Civil Veterinary Department. Madras. Admin. report 1926-33 - 1926-1933
Year: 1926
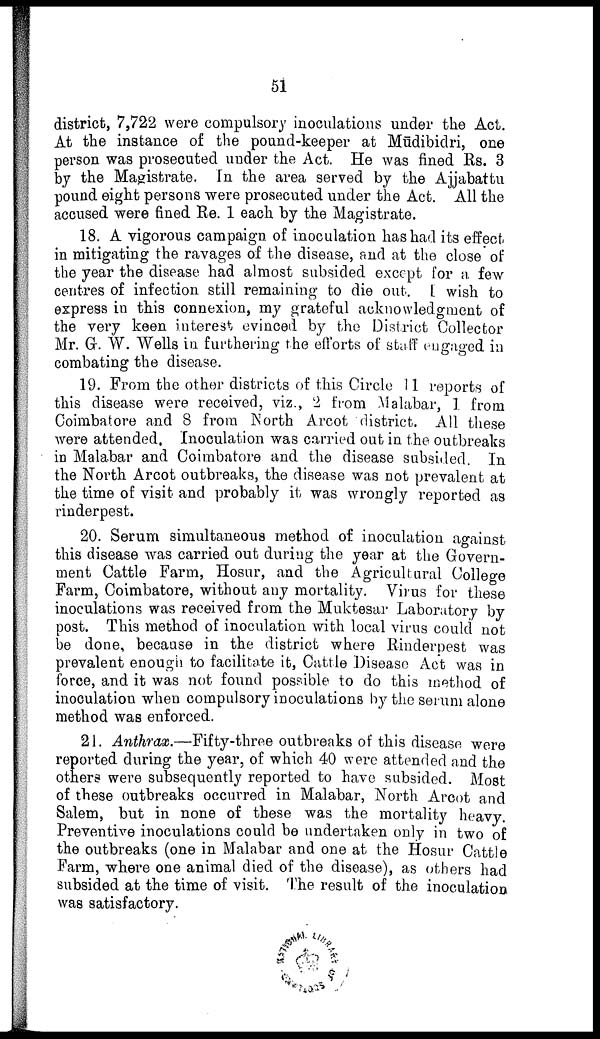
51
district, 7,722 were compulsory inoculations under the Act.
At the instance of the pound-keeper at Mūdibidri, one
person was prosecuted under the Act. He was fined Rs. 3
by the Magistrate. In the area served by the Ajjabattu
pound eight persons were prosecuted under the Act. All the
accused were fined Re. 1 each by the Magistrate.
18. A vigorous campaign of inoculation has had its effect
in mitigating the ravages of the disease, and at the close of
the year the disease had almost subsided except for a few
centres of infection still remaining to die out. I wish to
express in this connexion, my grateful acknowledgment of
the very keen interest evinced by the District Collector
Mr. Gr. W. Wells in furthering the efforts of staff engaged in
combating the disease.
19. From the other districts of this Circle 11 reports of
this disease were received, viz., 2 from Malabar, 1 from
Coimbatore and 8 from North Arcot district. All these
were attended. Inoculation was carried out in the outbreaks
in Malabar and Coimbatore and the disease subsided. In
the North Arcot outbreaks, the disease was not prevalent at
the time of visit and probably it was wrongly reported as
rinderpest.
20. Serum simultaneous method of inoculation against
this disease was carried out during the year at the Govern
ment Cattle Farm, Hosur, and the Agricultural College
Farm, Coimbatore, without any mortality. Virus for these
inoculations was received from the Muktesar Laboratory by
post. This method of inoculation with local virus could not
be done, because in the district where Rinderpest was
prevalent enough to facilitate it, Cattle Disease Act was in
force, and it was not found possible to do this method of
inoculation when compulsory inoculations by the serum alone
method was enforced.
21. Anthrax.—Fifty-three outbreaks of this disease were
reported during the year, of which 40 were attended and the
others were subsequently reported to have subsided. Most
of these outbreaks occurred in Malabar, North Arcot and
Salem, but in none of these was the mortality heavy.
Preventive inoculations could be undertaken only in two of
the outbreaks (one in Malabar and one at the Hosur Cattle
Farm, where one animal died of the disease), as others had
subsided at the time of visit. The result of the inoculation
was satisfactory.